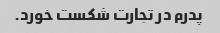
پدرم در تجارت شکست خورد.